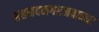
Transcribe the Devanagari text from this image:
अहमदनगरजवळचा